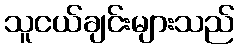
သူငယ်ချင်းများသည်